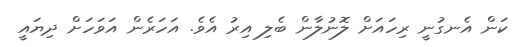
ކަން އެނގުނީ ރިހައަށް ލޮނުލާން ބެލި އިރު އެވެ. އަހަރެން އަވަހަށް ދިޔައީ